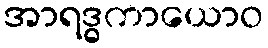
အာရဒ္ဓကာယောဝ